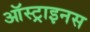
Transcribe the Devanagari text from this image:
ऑस्ट्राइनस